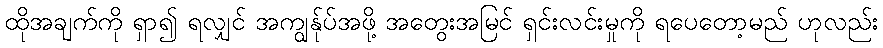
ထိုအချက်ကို ရှာ၍ ရလျှင် အကျွန်ုပ်အဖို့ အတွေးအမြင် ရှင်းလင်းမှုကို ရပေတော့မည် ဟုလည်း